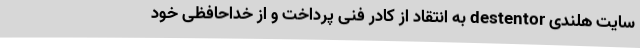
سایت هلندی destentor به انتقاد از کادر فنی پرداخت و از خداحافظی خود